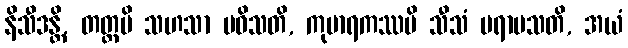
နိသီဒန္တိ, တတ္ထပိ သဟသာ ပဝိသတိ, ကုမာရကဿပိ သီသံ ပရာမသတိ, အယံ